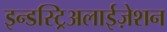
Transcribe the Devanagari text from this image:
इन्डस्ट्रिअलाईज़ेशन